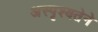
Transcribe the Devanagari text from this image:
अस्पृश्यतेने